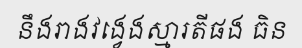
នឹងរាងវង្វេងស្មារតីផង ធិន